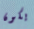
يكون